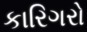
કારિગરો